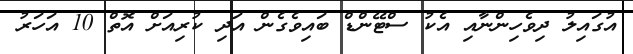
އުގައިލު ދިވެހިންނާއި އެކު ސްޓޭންޑް ބައިވެގެން އަދި ކުރިއަށް އޮތް 10 އަހަރު